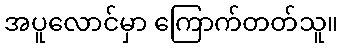
အပူလောင်မှာ ကြောက်တတ်သူ။